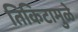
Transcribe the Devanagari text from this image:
तिकिटामुळे